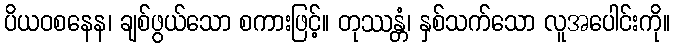
ပိယဝစနေန၊ ချစ်ဖွယ်သော စကားဖြင့်။ တုဿန္တံ၊ နှစ်သက်သော လူအပေါင်းကို။